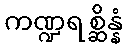
ကဏ္ဍရစ္ဆိန္နံ